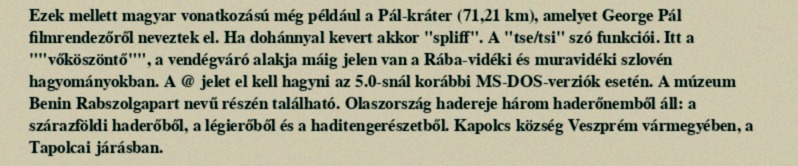
Ezek mellett magyar vonatkozású még például a Pál-kráter (71,21 km), amelyet George Pál filmrendezőről neveztek el. Ha dohánnyal kevert akkor "spliff". A "tse/tsi" szó funkciói. Itt a ""vőköszöntő"", a vendégváró alakja máig jelen van a Rába-vidéki és muravidéki szlovén hagyományokban. A @ jelet el kell hagyni az 5.0-snál korábbi MS-DOS-verziók esetén. A múzeum Benin Rabszolgapart nevű részén található. Olaszország hadereje három haderőnemből áll: a szárazföldi haderőből, a légierőből és a haditengerészetből. Kapolcs község Veszprém vármegyében, a Tapolcai járásban.